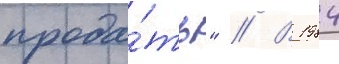
прода́ть" // В 1984